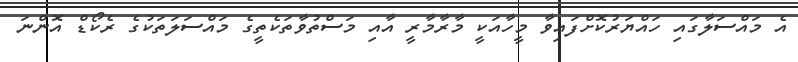
އެ މައްސަލާގައި ހައްޔަރުކޮށްފައިވާ މީހާއަކީ މާރާމާރީ އާއި މަސްތުވާތަކެތީގެ މައްސަލަތަކުގެ ރެކޯޑް އޮންނަ